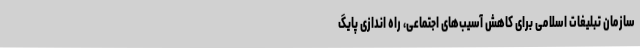
سازمان تبلیغات اسلامی برای کاهش آسیب‌های اجتماعی، راه اندازی پایگ